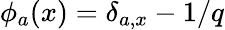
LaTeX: \phi_{a}(x)=\delta_{a,x}-1/q